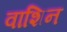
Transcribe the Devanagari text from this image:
वाशिन